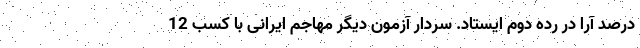
درصد آرا در رده دوم ایستاد. سردار آزمون دیگر مهاجم ایرانی با کسب 12